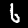
Label: 6